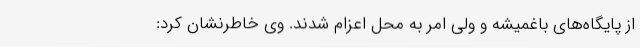
از پایگاه‌های باغمیشه و ولی امر به محل اعزام شدند. وی خاطرنشان کرد: